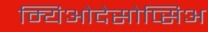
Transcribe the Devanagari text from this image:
म्यिओदेसोप्सिअ